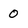
Character: 0